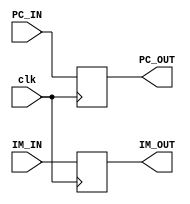
`timescale 1ns / 1ps
//////////////////////////////////////////////////////////////////////////////////
// Company: 
// Engineer: 
// 
// Design Name: 
// Module Name: IF_ID
// Project Name: 
// Target Devices: 
// Tool Versions: 
// Description: 
// 
// Dependencies: 
// 
// Revision:
// Revision 0.01 - File Created
// Additional Comments:
// 
//////////////////////////////////////////////////////////////////////////////////


module IF_ID(
    PC_IN, IM_IN, PC_OUT, IM_OUT, clk
    );
    input [31:0] PC_IN;
    input [31:0] IM_IN;
    input clk;
    output reg [31:0] PC_OUT;
    output reg [31:0] IM_OUT; 
    
    always@(negedge clk)
    begin
        PC_OUT = PC_IN;
        IM_OUT = IM_IN;
    end
endmodule